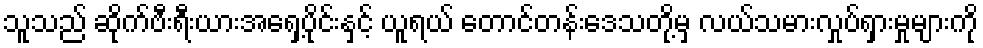
သူသည် ဆိုက်ဗီးရီးယားအရှေ့ပိုင်းနှင့် ယူရယ် တောင်တန်းဒေသတို့မှ လယ်သမားလှုပ်ရှားမှုများကို